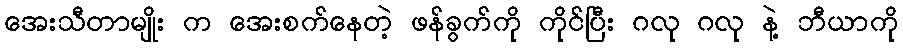
အေးသီတာမျိုး က အေးစက်နေတဲ့ ဖန်ခွက်ကို ကိုင်ပြီး ဂလု ဂလု နဲ့ ဘီယာကို